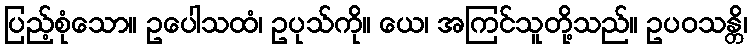
ပြည့်စုံသော။ ဥပေါသထံ၊ ဥပုသ်ကို။ ယေ၊ အကြင်သူတို့သည်။ ဥပဝသန္တိ၊